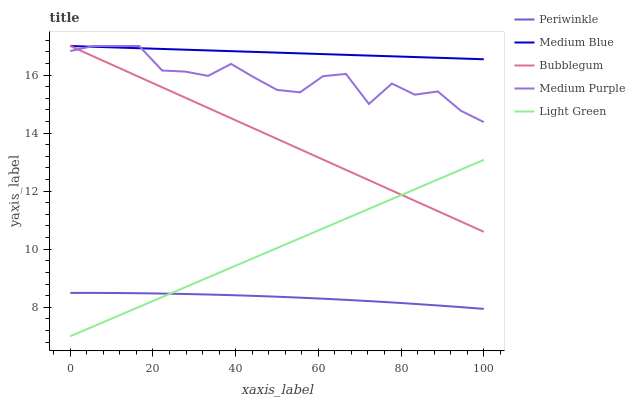
| xaxis_label | Periwinkle | Medium Blue | Bubblegum | Medium Purple | Light Green |
 | --- | --- | --- | --- | --- | --- |
 | 0 | 8.49 | 17 | 17 | 16.8 | 7 |
 | 5.56 | 8.49 | 17 | 16.6 | 17 | 7.34 |
 | 11.1 | 8.49 | 16.9 | 16.3 | 17 | 7.68 |
 | 16.7 | 8.48 | 16.9 | 15.9 | 17 | 8.01 |
 | 22.2 | 8.47 | 16.9 | 15.6 | 16.2 | 8.35 |
 | 27.8 | 8.46 | 16.9 | 15.2 | 16.1 | 8.69 |
 | 33.3 | 8.44 | 16.8 | 14.9 | 16 | 9.03 |
 | 38.9 | 8.42 | 16.8 | 14.5 | 16.4 | 9.36 |
 | 44.4 | 8.39 | 16.8 | 14.2 | 15.9 | 9.7 |
 | 50 | 8.36 | 16.8 | 13.8 | 15.5 | 10 |
 | 55.6 | 8.33 | 16.7 | 13.4 | 15.4 | 10.4 |
 | 61.1 | 8.29 | 16.7 | 13.1 | 16 | 10.7 |
 | 66.7 | 8.25 | 16.7 | 12.7 | 16 | 11.1 |
 | 72.2 | 8.21 | 16.7 | 12.4 | 15 | 11.4 |
 | 77.8 | 8.16 | 16.6 | 12 | 15.7 | 11.7 |
 | 83.3 | 8.11 | 16.6 | 11.7 | 15.3 | 12.1 |
 | 88.9 | 8.06 | 16.6 | 11.3 | 15.4 | 12.4 |
 | 94.4 | 8 | 16.6 | 11 | 14.8 | 12.7 |
 | 100 | 7.94 | 16.5 | 10.6 | 14.4 | 13.1 |